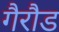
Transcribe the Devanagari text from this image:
गैरौड